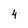
Character: 4